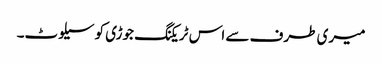
میری طرف سے اس ٹریکنگ جوڑی کو سیلوٹ۔